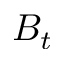
B _ { t }